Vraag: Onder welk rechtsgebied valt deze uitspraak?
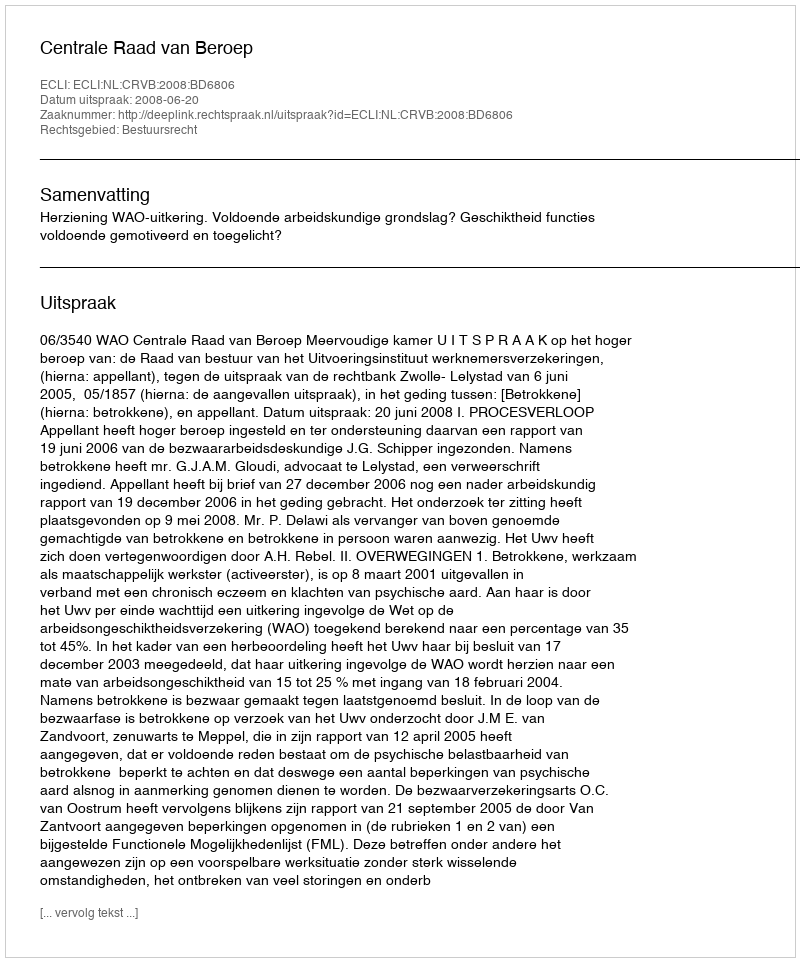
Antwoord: Bestuursrecht